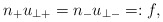
\begin{align*} n_+u_{\perp +}=n_-u_{\perp -}=:f,\end{align*}